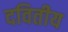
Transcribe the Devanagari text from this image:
दवितीय